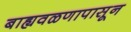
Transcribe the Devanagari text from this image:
बाह्यवळणापासून